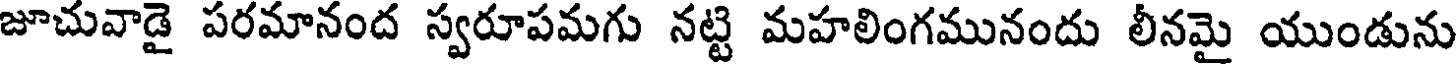
జూచువాడై పరమానంద స్వరూపమగు నట్టి మహలింగమునందు లీనమై యుండును